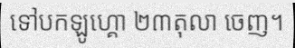
ទៅបកឡូហ្គោ ២៣តុលា ចេញ។